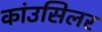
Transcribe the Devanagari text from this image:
कांउसिलर